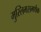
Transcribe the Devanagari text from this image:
मुस्लिमसमर्थक